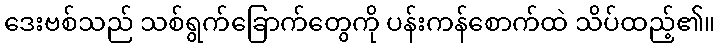
ဒေးဗစ်သည် သစ်ရွက်ခြောက်တွေကို ပန်းကန်စောက်ထဲ သိပ်ထည့်၏။